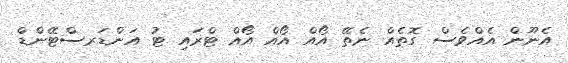
އެނޫން އެއްވެސް ގޮތެއް ނެތޭ އޯއް އޯއް އޯއް ޓްރައި ޓު އަންޑަރސްޓޭންޑް